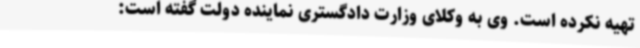
تهیه نکرده است. وی به وکلای وزارت دادگستری نماینده دولت گفته است: